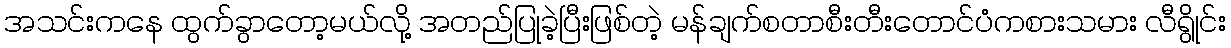
အသင်းကနေ ထွက်ခွာတော့မယ်လို့ အတည်ပြုခဲ့ပြီးဖြစ်တဲ့ မန်ချက်စတာစီးတီးတောင်ပံကစားသမား လီရွိုင်း